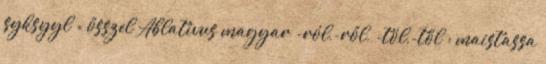
syksyyl = ősszel Ablativus magyar -ról,-ről, -tól,-től : maistassa